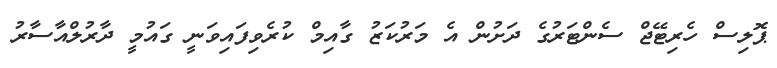
ޕޮލިސް ހެރިޓޭޖް ސެންޓަރުގެ ދަށުން އެ މަރުކަޒު ގާއިމް ކުރެވިފައިވަނީ ގައުމީ ދާރުލްއާސާރު